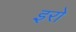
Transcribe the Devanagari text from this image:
इरो